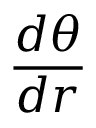
{ \frac { d \theta } { d r } }